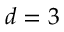
d = 3